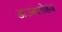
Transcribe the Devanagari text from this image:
डाउनलोडज